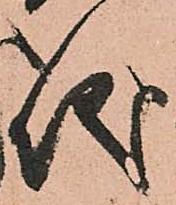
儀